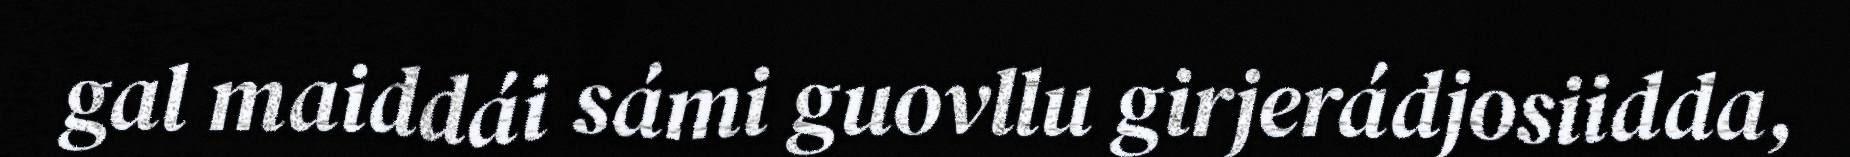
gal maiddái sámi guovllu girjerádjosiidda,